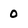
Character: 0